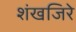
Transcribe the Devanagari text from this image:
शंखजिरे